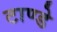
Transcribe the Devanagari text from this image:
टाण्डे